Vaccination in Bombay 1863-1868 - 1863-1868
Year: 1863
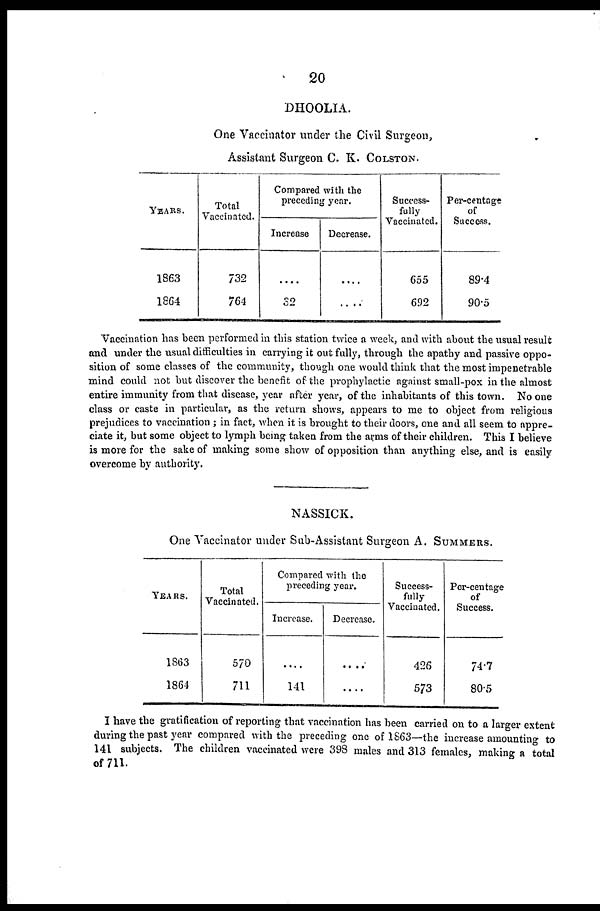
20
DHOOLIA.
One Vaccinator under the Civil Surgeon,
Assistant Surgeon C K. COLSTON.
YEARS.
1863
1864
Total
Vaccinated.
732
764
Compared with the
preceding year.
Increase
....
32
Decrease.
....
....
Success-
fully
Vaccinated.
655
692
Per-centage
of
Success.
89.4
90.5
Vaccination has been performed in this station twice a week, and with about the usual result
and under the usual difficulties in carrying it out fully, through the apathy and passive oppo-
sition of some classes of the community, though one would think that the most impenetrable
mind could not but discover the benefit of the prophylactic against small-pox in the almost
entire immunity from that disease, year after year, of the inhabitants of this town. No one
class or caste in particular, as the return shows, appears to me to object from religious
prejudices to vaccination ; in fact, when it is brought to their doors, one and all seem to appre-
ciate it, but some object to lymph being taken from the arms of their children. This I believe
is more for the sake of making some show of opposition than anything else, and is easily
overcome by authority.
NASSICK.
One Vaccinator under Sub-Assistant Surgeon A. SUMMERS.
YEARS.
1863
1864
Total
Vaccinated.
570
711
Compared with the
preceding year.
Increase.
....
141
Decrease.
....
....
Success¬
fully
Vaccinated.
426
573
Per-centage
of
Success.
74.7
80.5
I have the gratification of reporting that vaccination has been carried on to a larger extent
during the past year compared with the preceding one of 1863—the increase amounting to
141 subjects. The children vaccinated were 398 males and 313 females, making a total
of 711.